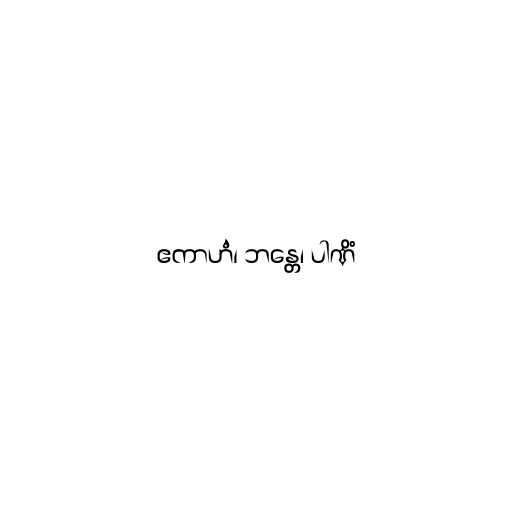
ဧကာဟံ၊ ဘန္တေ၊ ပါဏိံ